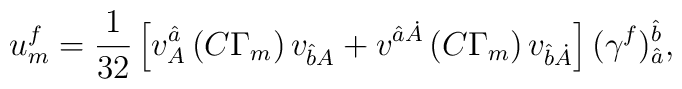
u^{{ {f}}}_{{ m}} = {1\over 32}\left[v^{{\hat a}}_{{ A}}\left(C\Gamma _{{ m}}\right)v_{{\hat b}{A}}+v^{{\hat a}{\dot A}} \left(C\Gamma _{{ m}}\right)v_{{\hat b}{\dot A}}\right] (\gamma ^{f})^{{{\hat b}}}_{{\hat a}} ,